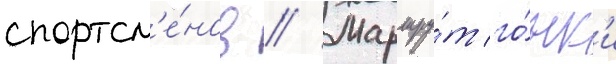
спортсм'е́нов // Маршру́т го́нк'и